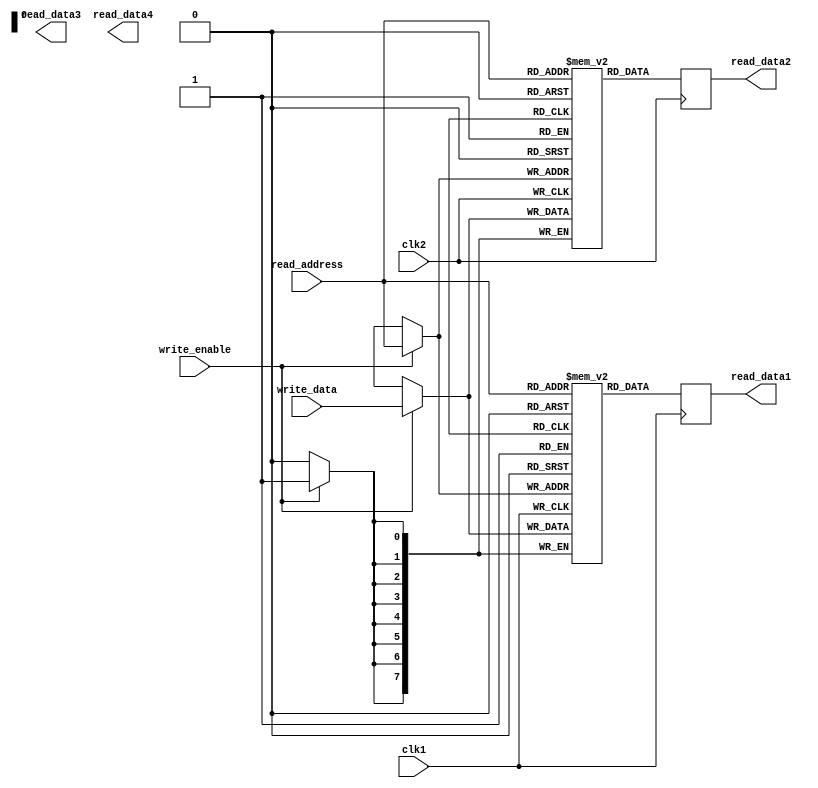
module QDR_SRAM(
    input wire clk1,
    input wire clk2,
    input wire [7:0] write_data,
    input wire write_enable,
    input wire [7:0] read_address,
    
    output reg [7:0] read_data1,
    output reg [7:0] read_data2,
    output reg [7:0] read_data3,
    output reg [7:0] read_data4
);

reg [7:0] mem1[0:255];
reg [7:0] mem2[0:255];
reg [7:0] mem3[0:255];
reg [7:0] mem4[0:255];

always @(posedge clk1) begin
    if(write_enable) begin
        mem1[read_address] <= write_data;
    end
    read_data1 <= mem1[read_address];
end

always @(posedge clk2) begin
    if(write_enable) begin
        mem2[read_address] <= write_data;
    end
    read_data2 <= mem2[read_address];
end

// Repeat the process for mem3 and mem4

endmodule